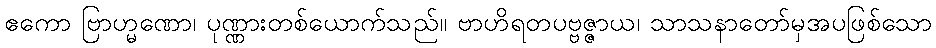
ဧကော ဗြာဟ္မဏော၊ ပုဏ္ဏားတစ်ယောက်သည်။ ဗာဟိရတပဗ္ဗဇ္ဇာယ၊ သာသနာတော်မှအပဖြစ်သော